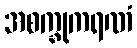
အစက္ခုကရဏံ